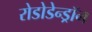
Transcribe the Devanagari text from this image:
रोडोडेन्‍ड्रॉन